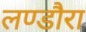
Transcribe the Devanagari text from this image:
लण्डौरा